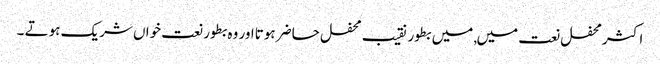
اکثر محفل نعت میں, میں بطور نقیب محفل حاضر ہوتااور وہ بطور نعت خواں شریک ہوتے ۔